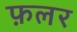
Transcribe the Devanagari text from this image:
फ़लर